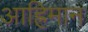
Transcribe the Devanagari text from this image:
आह्रिमान